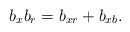
LaTeX: \begin{align*} b_x b_r = b_{xr} + b_{xb}. \end{align*}